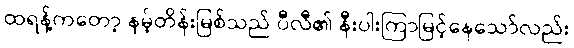
ထရန့်ကတော့ နမ့်တိန်းမြစ်သည် ပီလီ၏ နီးပါးကြာမြင့်နေသော်လည်း